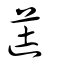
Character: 蓗